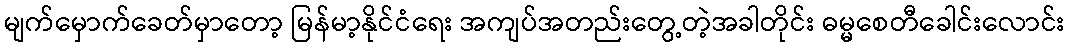
မျက်မှောက်ခေတ်မှာတော့ မြန်မာ့နိုင်ငံရေး အကျပ်အတည်းတွေ့တဲ့အခါတိုင်း ဓမ္မစေတီခေါင်းလောင်း